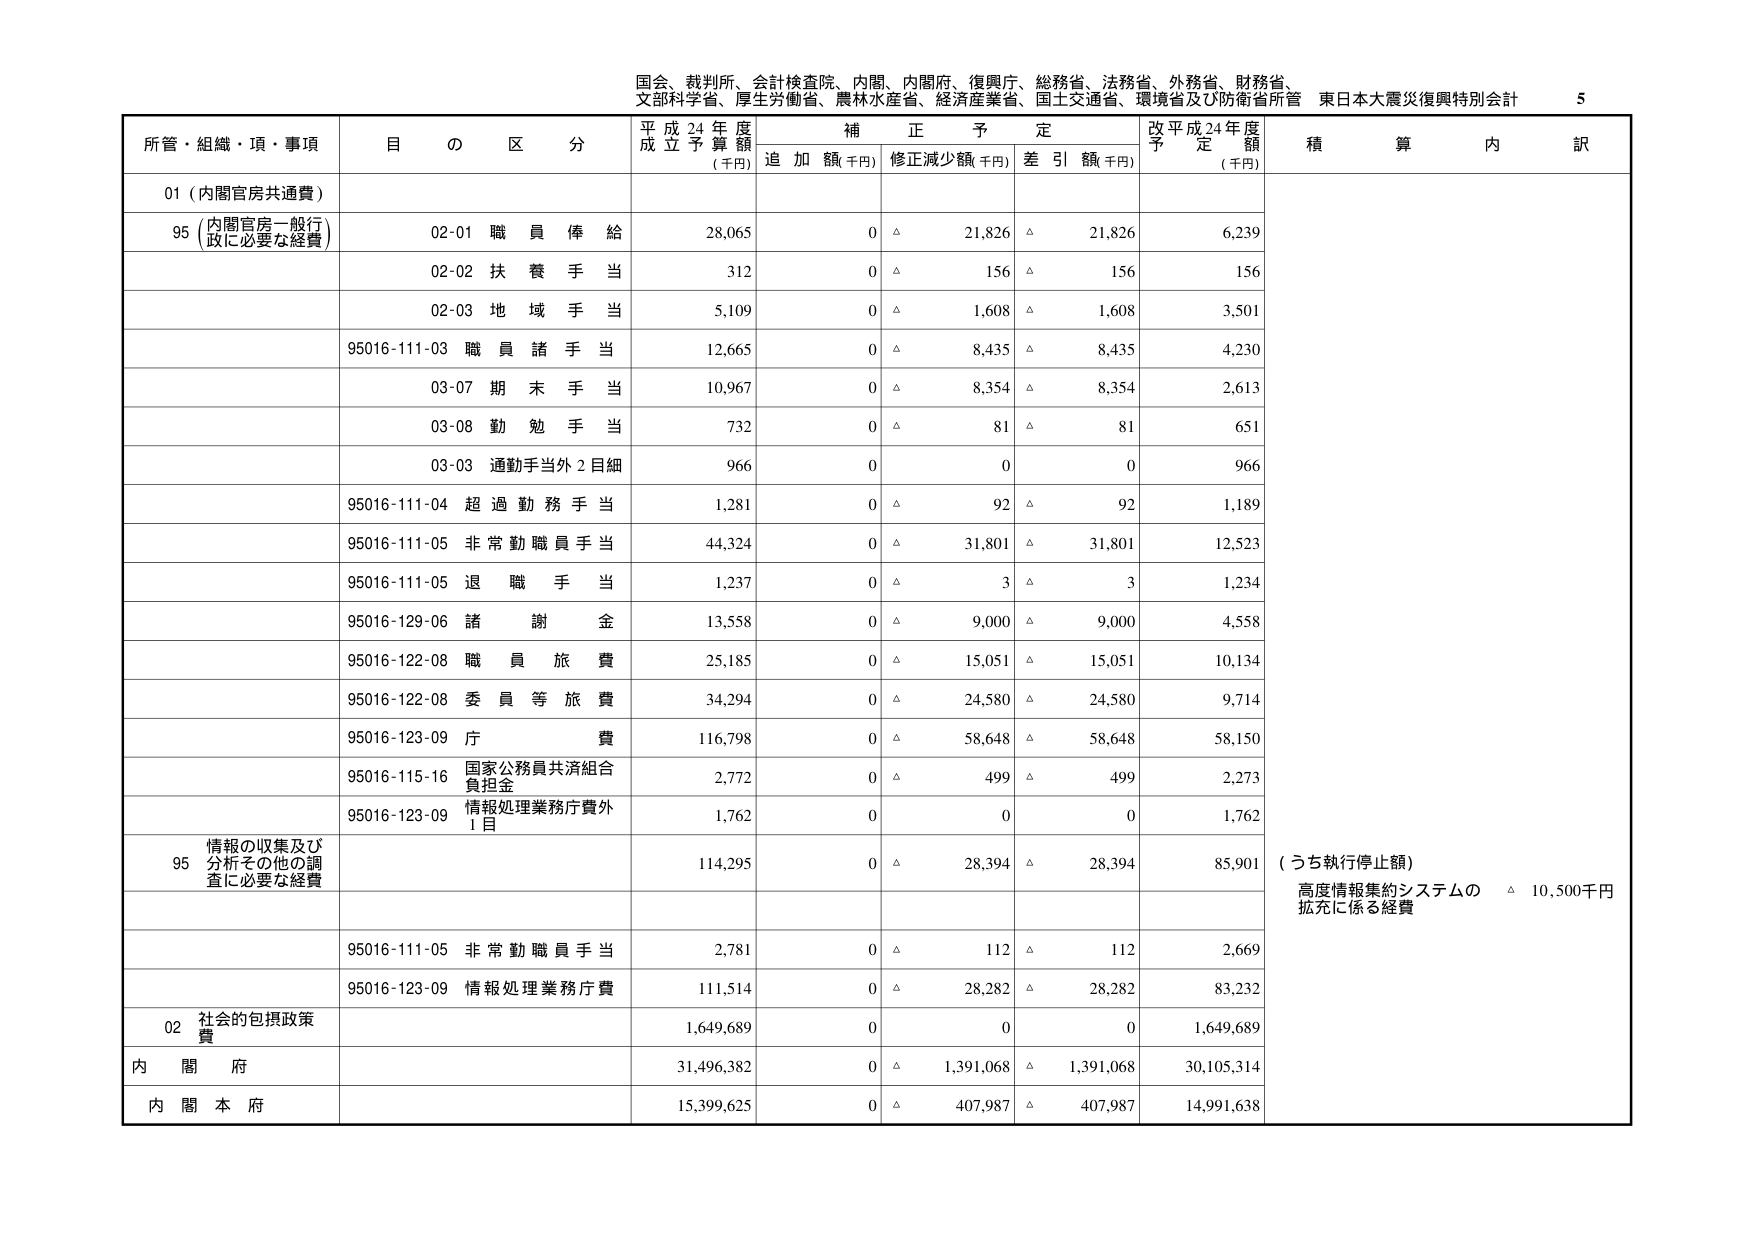
国会、裁判所、会計検査院、内閣、内閣府、復興庁、総務省、法務省、外務省、財務省、
文部科学省、厚生労働省、農林水産省、経済産業省、国土交通省、環境省及び防衛省所管 東日本大震災復興特別会計 5

所管・組織・項・事項 目 の 区 分 平成24年度 成立予算額 (千円) 補正予定 追加額(千円) 修正減少額(千円) 差引額(千円) 改平成24年度 予定額 (千円) 積算内訳

01 (内閣官房共通費)

95 (内閣官房一般行政に必要な経費) 02-01 職員俸給 28,065 0 △ 21,826 △ 21,826 6,239
02-02 扶養手当 312 0 △ 156 △ 156 156
02-03 地域手当 5,109 0 △ 1,608 △ 1,608 3,501
95016-111-03 職員諸手当 12,665 0 △ 8,435 △ 8,435 4,230
03-07 期末手当 10,967 0 △ 8,354 △ 8,354 2,613
03-08 勤勉手当 732 0 △ 81 △ 81 651
03-03 通勤手当外2目細 966 0 0 0 966
95016-111-04 超過勤務手当 1,281 0 △ 92 △ 92 1,189
95016-111-05 非常勤職員手当 44,324 0 △ 31,801 △ 31,801 12,523
95016-111-05 退職手当 1,237 0 △ 3 △ 3 1,234
95016-129-06 諸謝金 13,558 0 △ 9,000 △ 9,000 4,558
95016-122-08 職員旅費 25,185 0 △ 15,051 △ 15,051 10,134
95016-122-08 委員等旅費 34,294 0 △ 24,580 △ 24,580 9,714
95016-123-09 庁費 116,798 0 △ 58,648 △ 58,648 58,150
95016-115-16 国家公務員共済組合負担金 2,772 0 △ 499 △ 499 2,273
95016-123-09 情報処理業務庁費外1目 1,762 0 0 0 1,762

95 情報の収集及び分析その他の調査に必要な経費 114,295 0 △ 28,394 △ 28,394 85,901 (うち執行停止額) 高度情報集約システムの拡充に係る経費 △ 10,500千円

95016-111-05 非常勤職員手当 2,781 0 △ 112 △ 112 2,669
95016-123-09 情報処理業務庁費 111,514 0 △ 28,282 △ 28,282 83,232

02 社会的包摂政策費 1,649,689 0 0 0 1,649,689

内閣府 31,496,382 0 △ 1,391,068 △ 1,391,068 30,105,314

内閣本府 15,399,625 0 △ 407,987 △ 407,987 14,991,638